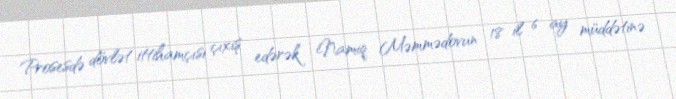
Prosesdə dövlət ittihamçısı çıxış edərək Namiq Məmmədovun 18 il 6 ay müddətinə